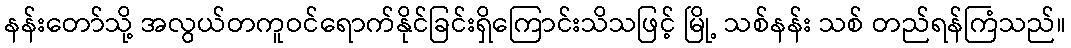
နန်းတော်သို့ အလွယ်တကူဝင်ရောက်နိုင်ခြင်းရှိကြောင်းသိသဖြင့် မြို့ သစ်နန်း သစ် တည်ရန်ကြံသည်။